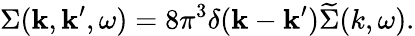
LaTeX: \Sigma(\boldsymbol{\mathbf{k}},\boldsymbol{\mathbf{k}}^{\prime},\omega)=8\pi^{3}\delta(\boldsymbol{\mathbf{k}}-\boldsymbol{\mathbf{k}}^{\prime})\widetilde{\Sigma}(k,\omega).